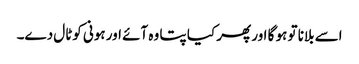
اسے بلانا تو ہو گا اور پھر کیا پتا وہ آئے اور ہونی کوٹال دے۔